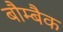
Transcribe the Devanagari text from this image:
बौम्बैक